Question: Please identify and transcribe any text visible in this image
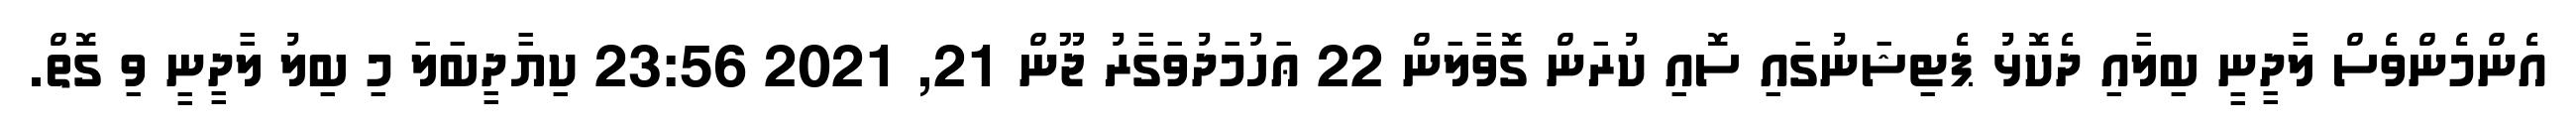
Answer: އެންމެންވެސް ލާދީނީ ބިލާއި ދެކޮޅު ޕެޓިޝަނުގައި ސޮއި ކުރަން ގޮވާލަން 22 ޢަހުމަދުވަގާރު ޖޫން 21, 2021 23:56 ކިޔާދީބަލަ މި ބިލު ލާދީނީ ވި ގޮތް.